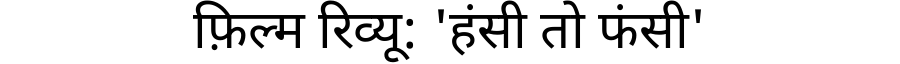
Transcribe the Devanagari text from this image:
फ़िल्म रिव्यू: 'हंसी तो फंसी'